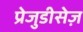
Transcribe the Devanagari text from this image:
प्रेजुडीसेज़